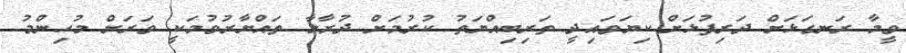
ވީމާ ރަނގަޅަށް ދަރިފުޅަށް ކިޔަވައިދީ ތަރިބިއްޔަތު ކުރުމަށް ދުރާލާ ތައްޔާރުވުމަކީ ވަރަށް މުހިންމު